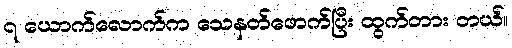
၇ ယောက်လောက်က သေနတ်ဖောက်ပြီး ထွက်တား တယ်။